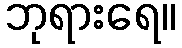
ဘုရားရေ။